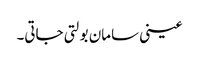
عینی سامان بولتی جاتی۔